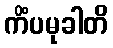
ကိံပမုခါတိ